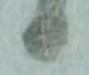
る